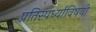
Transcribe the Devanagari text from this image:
प्रतिस्पर्ध्यांविषयी